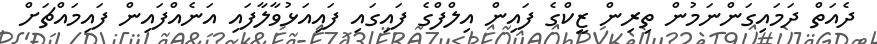
ދެއަތް ދަމައިގަންނަމުން ތިރިން ޒީކްގެ ފައިން އިލްފްގެ ފައިގައި ފައިއަޅުވާލާފައި އަނެއްފައިން ފައިމައްޗަށް